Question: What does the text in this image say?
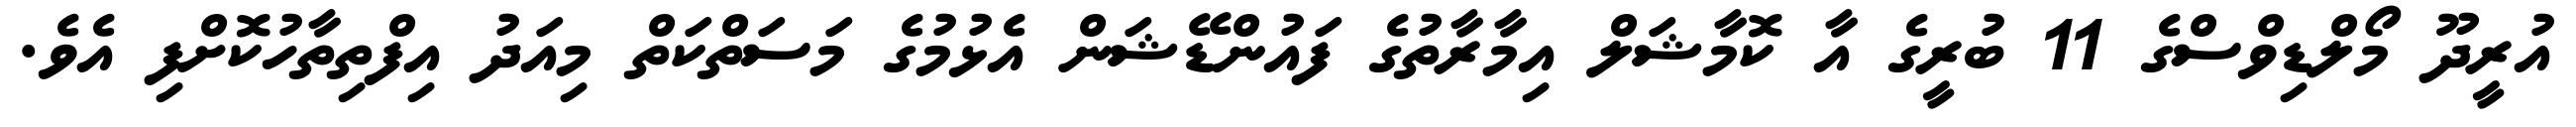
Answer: އުރީދޫ މޯލްޑިވްސްގެ 11 ބުރީގެ އާ ކޮމާޝަލް އިމާރާތުގެ ފައުންޑޭޝަން އެޅުމުގެ މަސަތްކަތް މިއަދު އިފްތިތާހުކޮށްފި އެވެ.